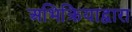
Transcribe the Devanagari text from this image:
अभिक्रियाद्वारा